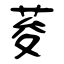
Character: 荾